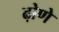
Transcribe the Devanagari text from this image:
ढ़ोणे